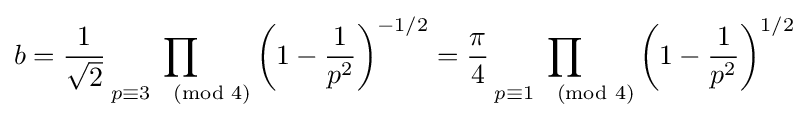
b={\frac {1}{\sqrt {2}}}\prod _{p\equiv 3{\pmod {4}}}\left(1-{\frac {1}{p^{2}}}\right)^{-1/2}={\frac {\pi }{4}}\prod _{p\equiv 1{\pmod {4}}}\left(1-{\frac {1}{p^{2}}}\right)^{1/2}